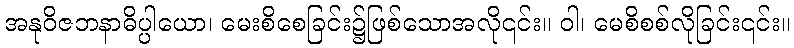
အနုဝိဇဘနာဓိပ္ပါယော၊ မေးစိစေခြင်း၌ဖြစ်သောအလို၎င်း။ ဝါ၊ မေစိစစ်လိုခြင်း၎င်း။